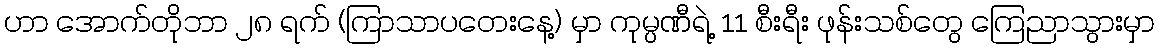
ဟာ အောက်တိုဘာ ၂၈ ရက် (ကြာသာပတေးနေ့) မှာ ကုမ္ပဏီရဲ့ 11 စီးရီး ဖုန်းသစ်တွေ ကြေညာသွားမှာ